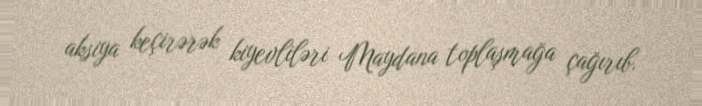
aksiya keçirərək kiyevliləri Maydana toplaşmağa çağırıb.